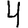
Digit: 4